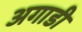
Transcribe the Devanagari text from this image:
अगाडी